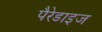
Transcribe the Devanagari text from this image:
पैरेडाइज